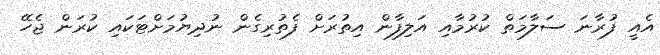
އެއީ ފުރާނަ ސަލާމަތް ކުރުމާއި އަލިފާން އިތުރަށް ފެތުރިގެން ނުދިޔުމަށްޓަކައި ކުރަން ޖެހޭ